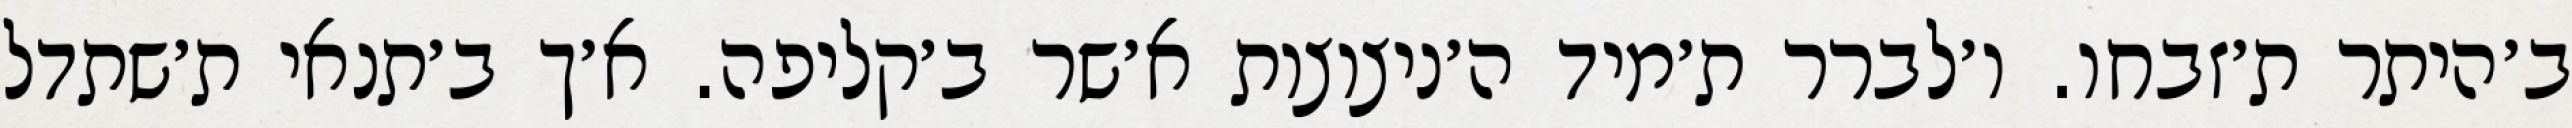
ב׳היתר ת׳זבחו. ו׳לברר ת׳מיד ה׳ניצוצות א׳שר ב׳קליפה. א׳ך ב׳תנאי ת׳שתדל